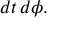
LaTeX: d t \, d \phi .